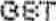
GST